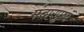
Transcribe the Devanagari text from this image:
मंदारपुष्प